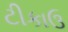
ટીકાઉ